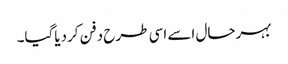
بہرحال اسے اسی طرح دفن کردیاگیا۔